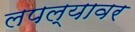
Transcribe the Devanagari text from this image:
लपल्यावर